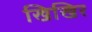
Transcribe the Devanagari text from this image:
खिखिर